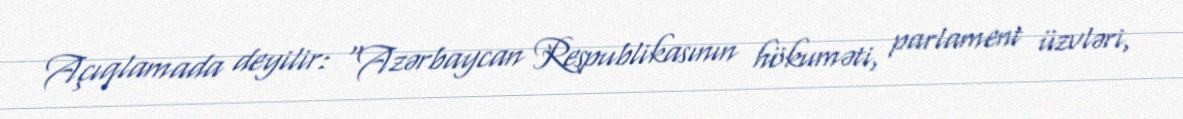
Açıqlamada deyilir: “Azərbaycan Respublikasının hökuməti, parlament üzvləri,